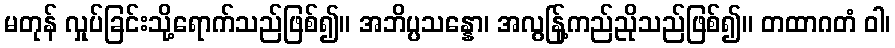
မတုန် လှုပ်ခြင်းသို့ရောက်သည်ဖြစ်၍။ အဘိပ္ပသန္နော၊ အလွန်ြ့ကည်ညိုသည်ဖြစ်၍။ တထာဂတံ ဝါ၊